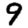
Digit: 9